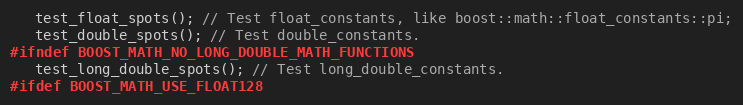
Language: C++
   test_float_spots(); // Test float_constants, like boost::math::float_constants::pi;
   test_double_spots(); // Test double_constants.
#ifndef BOOST_MATH_NO_LONG_DOUBLE_MATH_FUNCTIONS
   test_long_double_spots(); // Test long_double_constants.
#ifdef BOOST_MATH_USE_FLOAT128